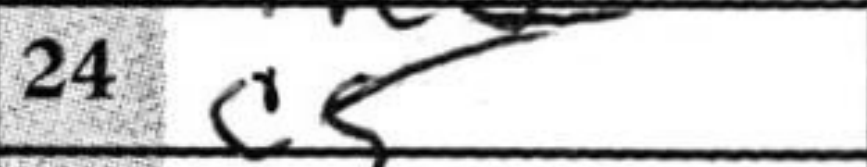
Transcription: c5